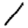
Digit: 1